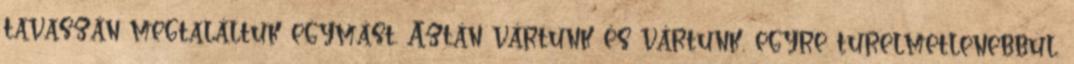
tavaszán megtaláltuk egymást. Aztán vártunk és vártunk, egyre türelmetlenebbül.